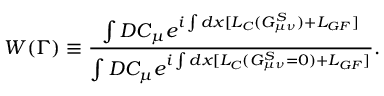
W ( \Gamma ) \equiv { \frac { \int { \cal D } C _ { \mu } e ^ { i \int d x [ { \cal L } _ { C } ( G _ { \mu \nu } ^ { S } ) + { \cal L } _ { G F } ] } } { \int { \cal D } C _ { \mu } e ^ { i \int d x [ { \cal L } _ { C } ( G _ { \mu \nu } ^ { S } = 0 ) + { \cal L } _ { G F } ] } } } .